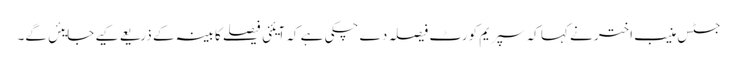
جسٹس منیب اختر نے کہا کہ سپریم کورٹ فیصلہ دے چکی ہے کہ آیئنی فیصلے کابینہ کے ذریعے کیے جایئں گے۔